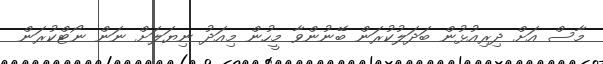
މާސް އަށް ދިރިއުޅުން ބަދަލުކުރަން ބޭނުންވާ މީހުން މިއަދު ނިޔަލަށް ނަން ނޯޓްކުރަން